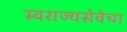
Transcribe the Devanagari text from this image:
स्वराज्यसेवेचा